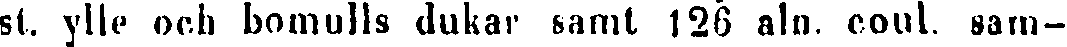
st. ylle och bomulls dukar samt 126 alo. coul. sam-